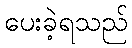
ပေးခဲ့ရသည်